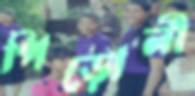
পিড়োলী